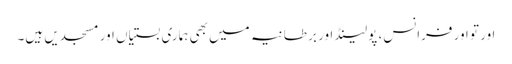
اور تو اور فرانس، پولینڈ اور بر طانیہ میں بھی ہماری بستیاں اور مسجدیں ہیں۔